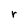
Character: r